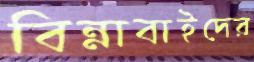
বিন্নাবাইদের